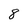
Character: 8